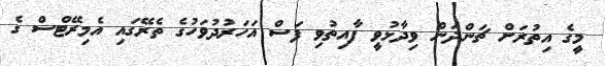
މީގެ އިތުރަށް ޗަންދަން ވިދާޅުވީ ފާއިތުވި ފަސް އަހަރުދުވަހުގެ ތެރޭގައި އެމިރޭޓްސް ގެ